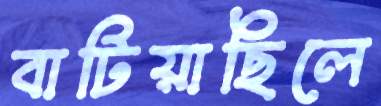
বাটিয়াছিলে